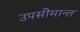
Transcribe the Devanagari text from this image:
उपसीमान्त